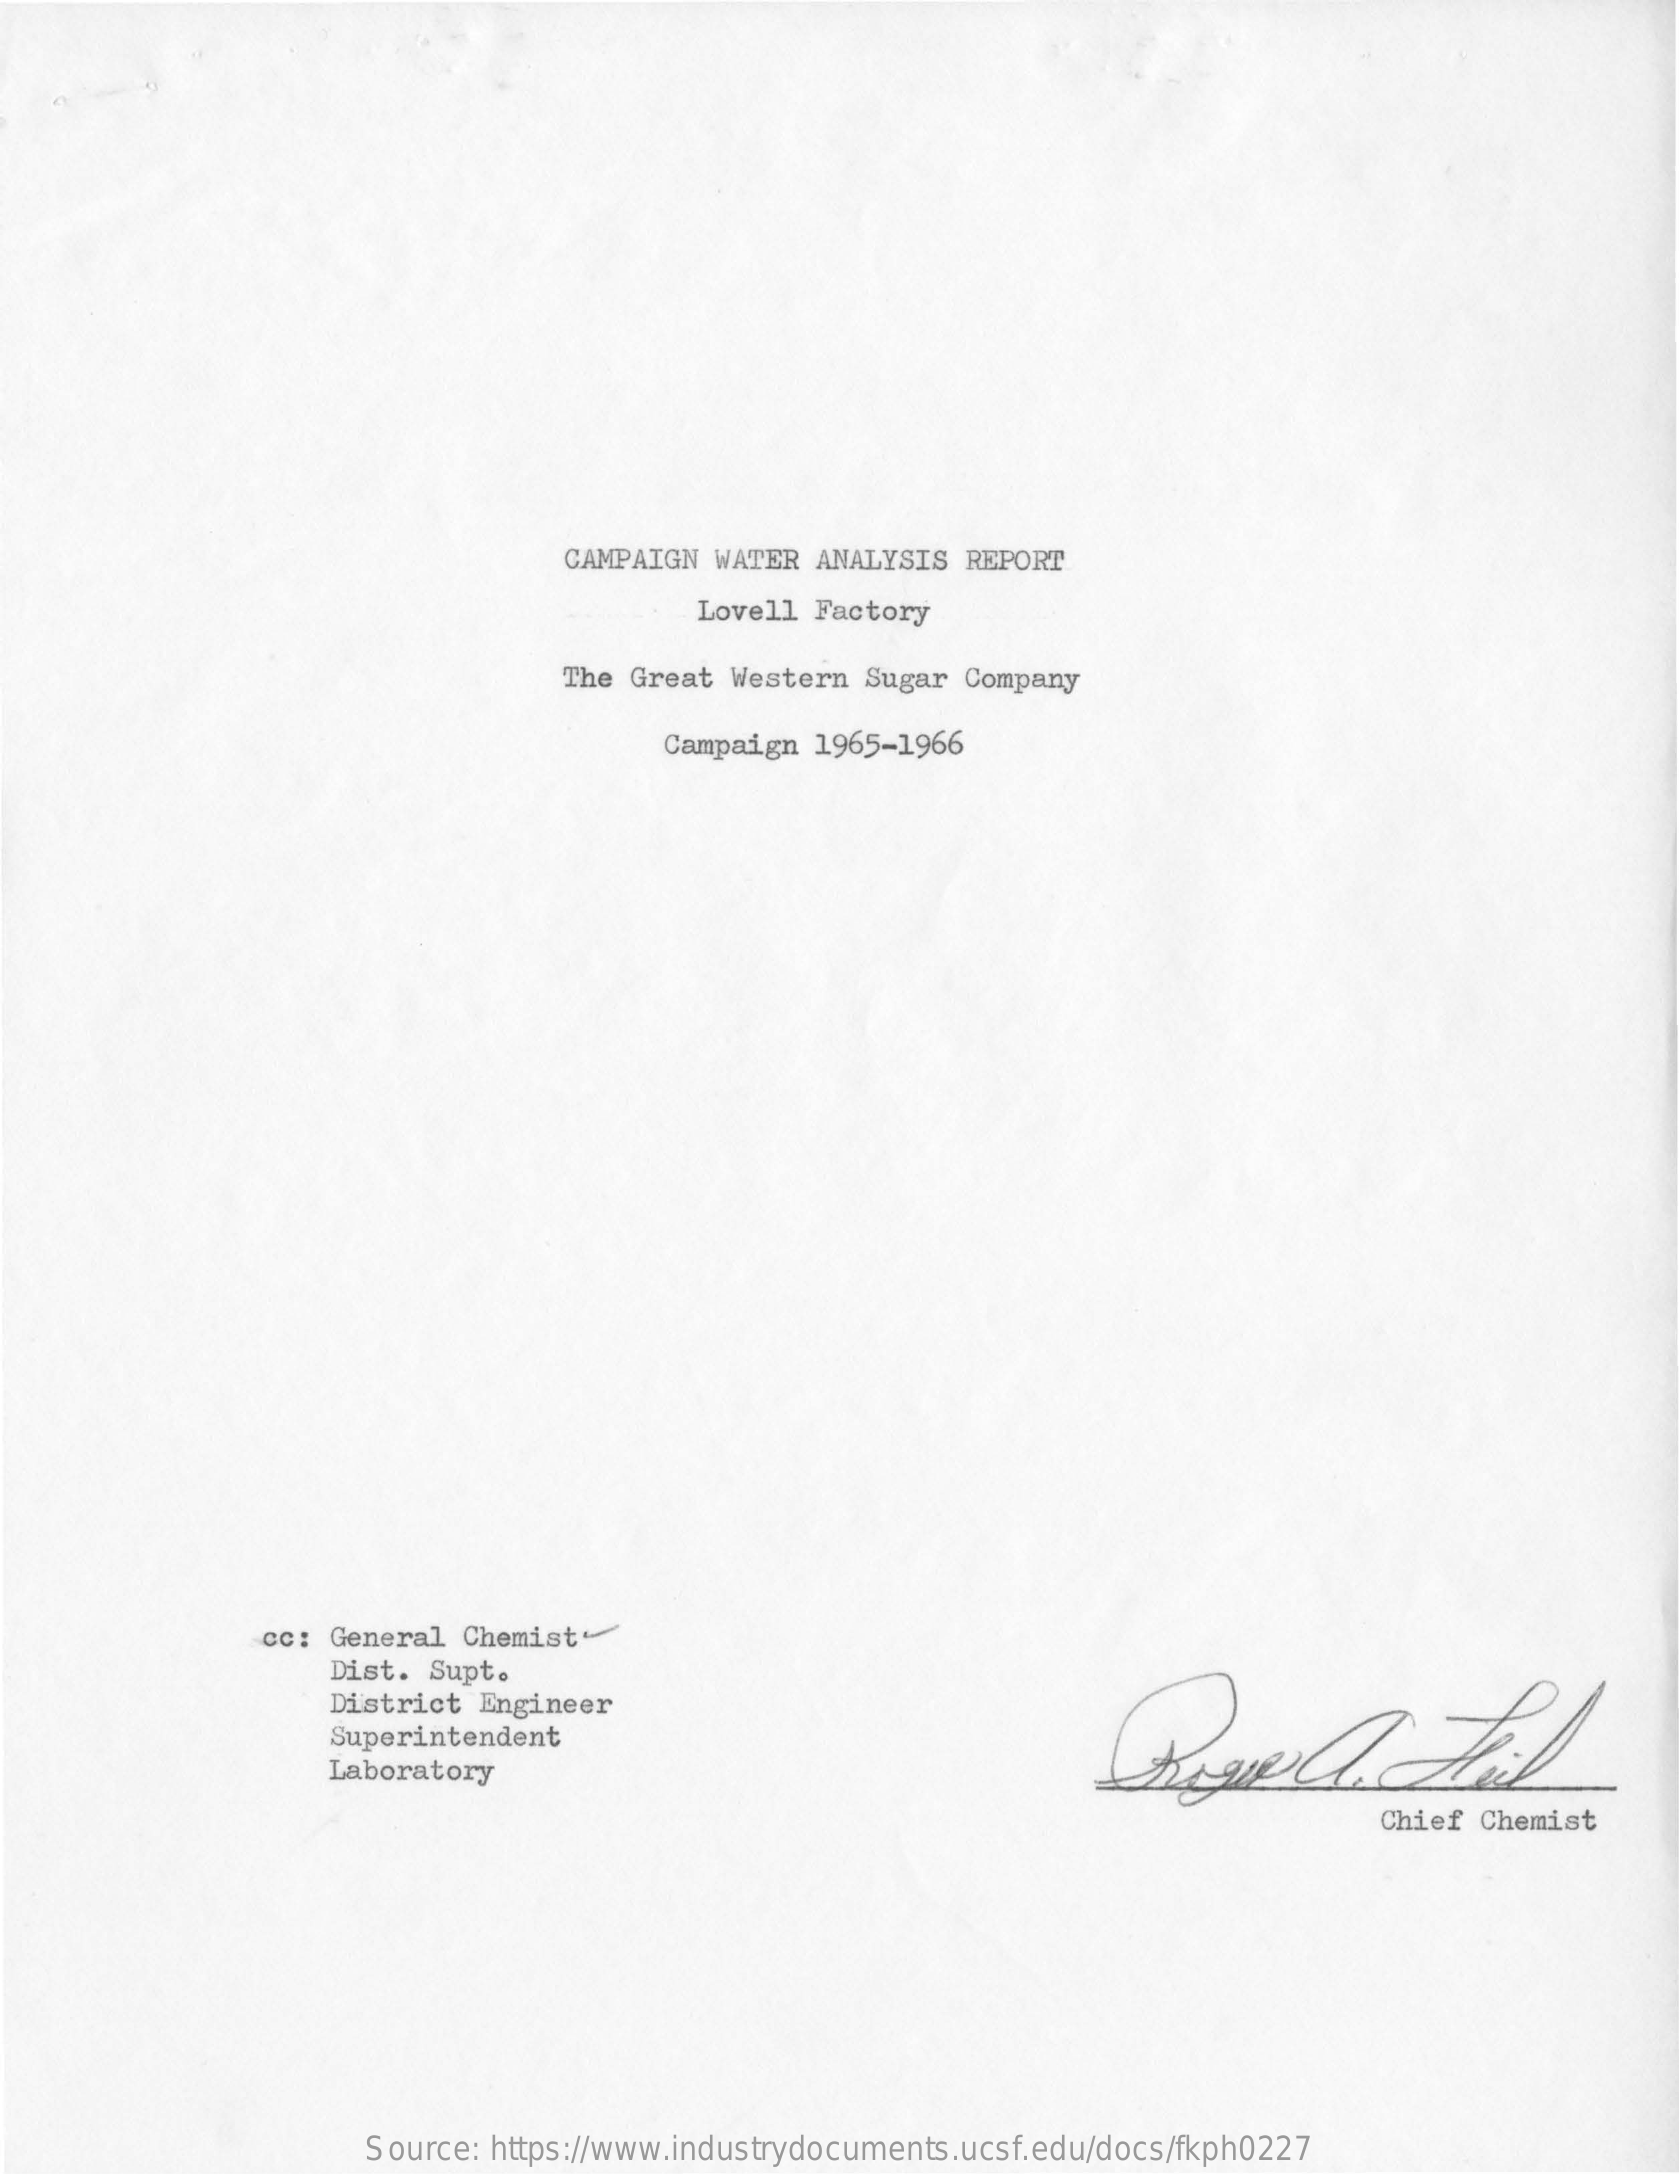
CAMPAIGN WATER  ANALYSIS REPORT
     Lovell Factory
     The Great Western  Sugar Company
     Campaign 1965-1966
     cc: General Chemist-
     Dist. Supt.
     District Engineer
     Superintendent
     Laboratory
     Chief Chemist
     Source: https://www.industrydocuments.ucsf.edu/docs/fkph0227